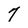
Character: 7